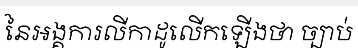
នៃអង្គការលីកាដូលើកឡើងថា ច្បាប់